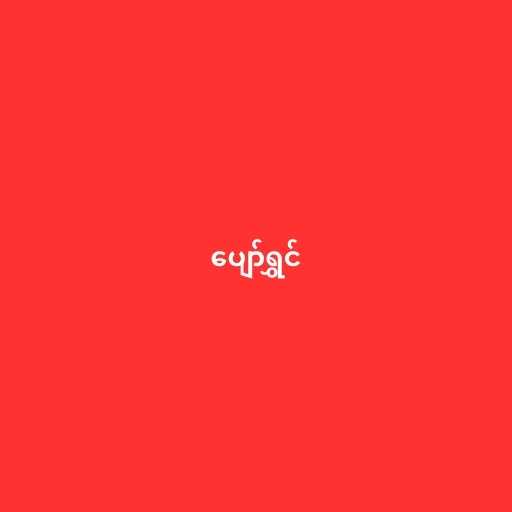
ပျော်ရွှင်